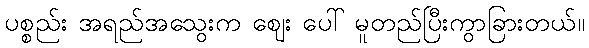
ပစ္စည်း အရည်အသွေးက ဈေး ပေါ် မူတည်ပြီးကွာခြားတယ်။